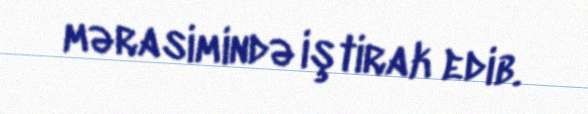
mərasimində iştirak edib.